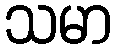
သမာ